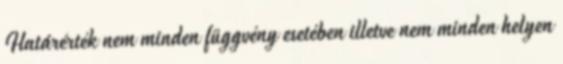
Határérték nem minden függvény esetében illetve nem minden helyen